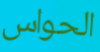
الحواس